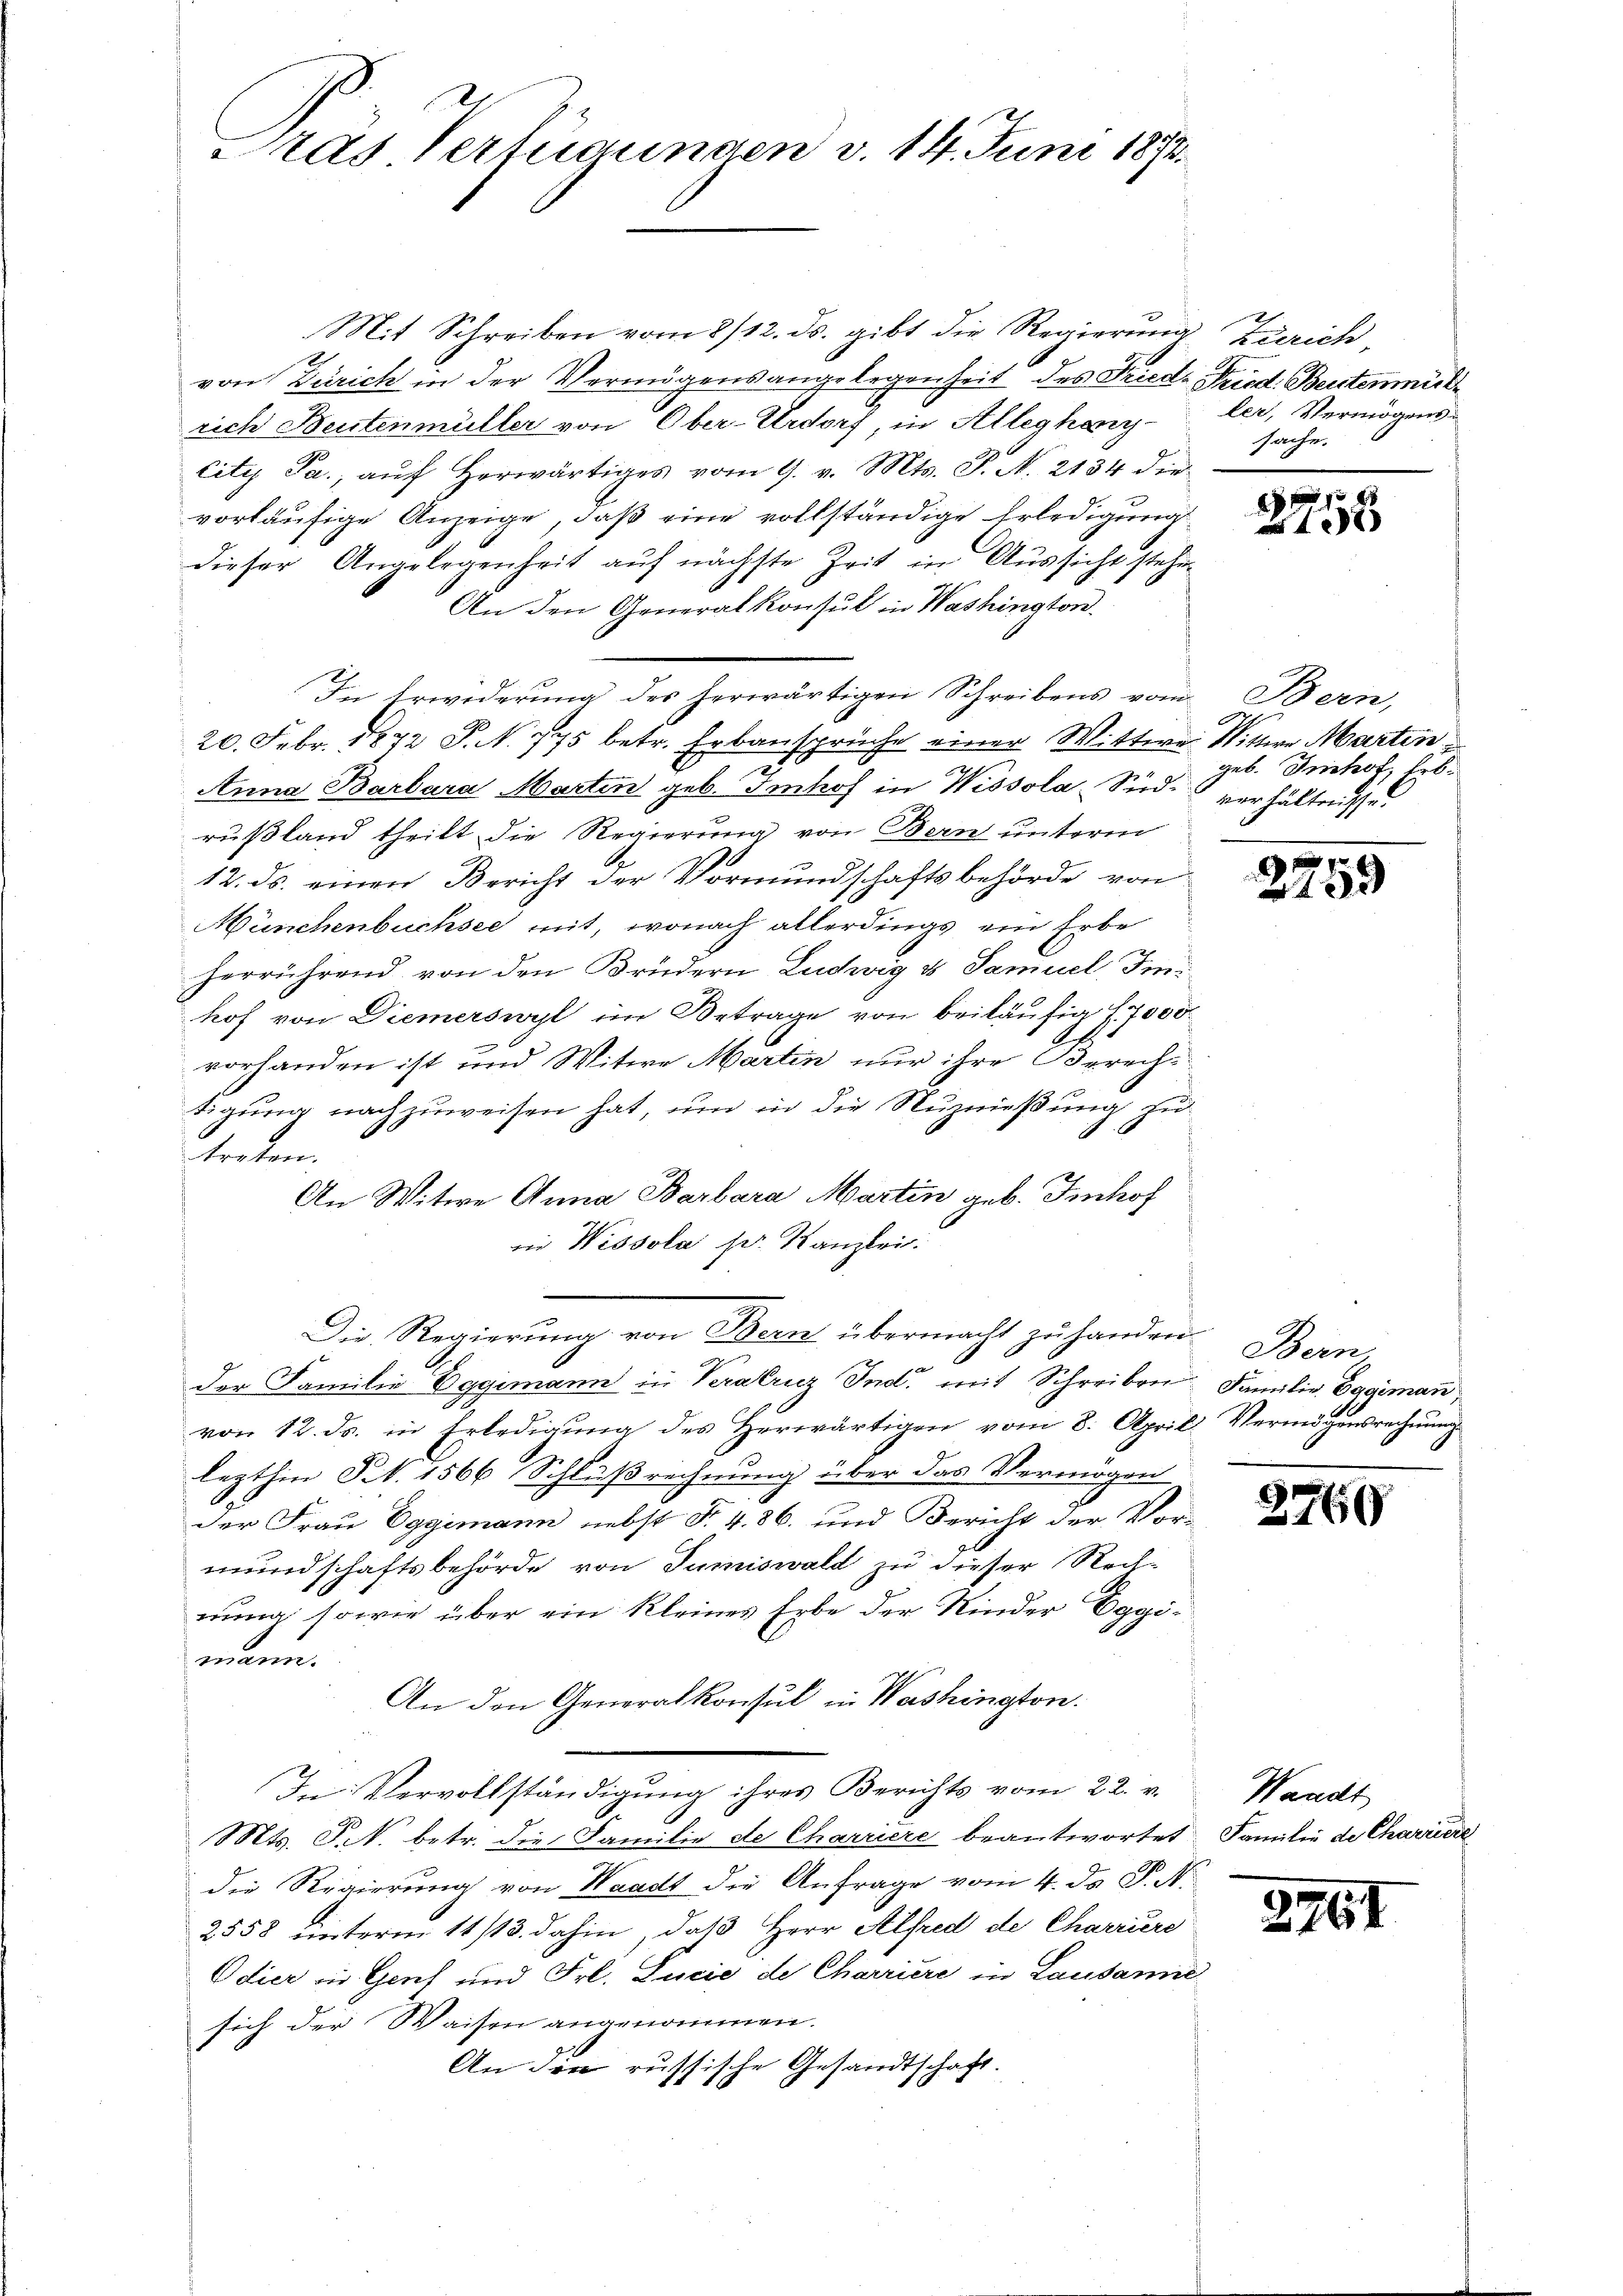
t
Pras Vertigungen v. 14. Juni 1873.

Mit Schreiben vom 2/12. ds. gibt die Regierung Zürich,
von Zürich in der Vermögensangelegenheit des Fried. Fried. Beutenmüt
rich Beutenmüller von Ober-Urdorf, in Alleghany
city Pa., aŭf herwärtiges vom 9. v. Mts. S. N. 2134 der
vorläufige Anzeige, daß eine vollständige Erledigung
dieser Angelegenheit auf nächste Zeit in Aussicht stehen
An den Generalkonsul in Washington.
In Erwiderung des herwärtigen Schreibens vom Bern,
20. Febr. 1872 P. Nr. 775 betr. Erbansprüche einer Wittwe Wittwe Martin
Anna Barbara Marten geb. Imhof in Wissola Sied. verhältnisse
rußland theilt die Regierung von Bern unterm
12. ds. einen Bericht der Vormundschaftsbehörde von
Münchenbüchsee mit, wonach allerdings ein Erbe
herrührend von den Brüdern Ludwig & Samuel Imhof von Diemerswyl im Betrage von beiläufig f. 7000
vorhanden ist und Witwe Martin nur ihre Berechtigung nachzuweisen hat, um in die Nuznießung zutreten.
An Witwe Anna Barbara Martin geb. Imhof
in Wissola sr. Kanzlei.
Die Regierung von Bern übermacht zu handen. Bern,

der Familie Eggimann in Verabruz Ind. mit Schreiben Familie Eggiman
von 12. ds. in Erledigung des Herwärtigen vom 8. April. Vermögensrechnung
lezthin §. 1566 Schlußrechnung über das Vermögen
der Frau Eggimann nebst §. 4. 86. und Bericht der Vor-
mundschaftsbehörde von Tumiswald zu dieser Rechnung sowie über ein kleines Erbe der Kinder Eggimann.
An den Generalkonsul in Washington.
In: Vervollständigung ihres Berichts vom 22. v.
Mts. S. k. betr. die Familie de Charriere beantwortet. Familie de Charriere
die Regierung von Waadt die Anfrage vom 4. ds J. A.
2558 unterm 11/13. dahin, daß Herr Alfred de Charriere
Odier in Genf und Frl. Lucie de Charriere in Lausanne
sich der Waisen angenommen.
An den russische Gesandtschaft.

ler, Vermögenssache.

278

geb. Imhof, Erb-

2759

2769

2261

Waadt